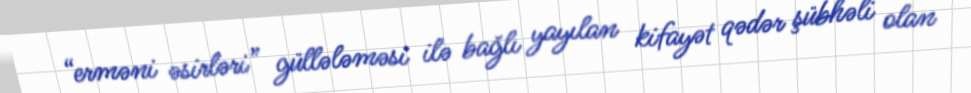
“erməni əsirləri” güllələməsi ilə bağlı yayılan kifayət qədər şübhəli olan